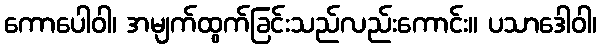
ကောပေါဝါ၊ အမျက်ထွက်ခြင်းသည်လည်းကောင်း။ ပသာဒေါဝါ၊